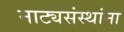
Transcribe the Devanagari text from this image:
नाट्यसंस्थांना